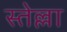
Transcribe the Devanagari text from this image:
स्तेल्ला